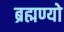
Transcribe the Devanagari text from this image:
ब्रह्मण्यो